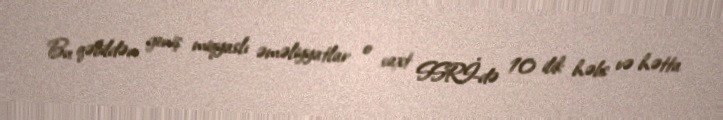
Bu qəbildən geniş miqyaslı əməliyyatlar o vaxt SSRİ-də 10 ilik həbs və hətta